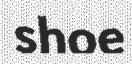
shoe